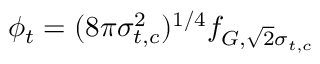
\phi _ { t } = ( 8 \pi \sigma _ { t , c } ^ { 2 } ) ^ { 1 / 4 } f _ { G , \sqrt { 2 } \sigma _ { t , c } }